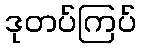
ဒုတပ်ကြပ်